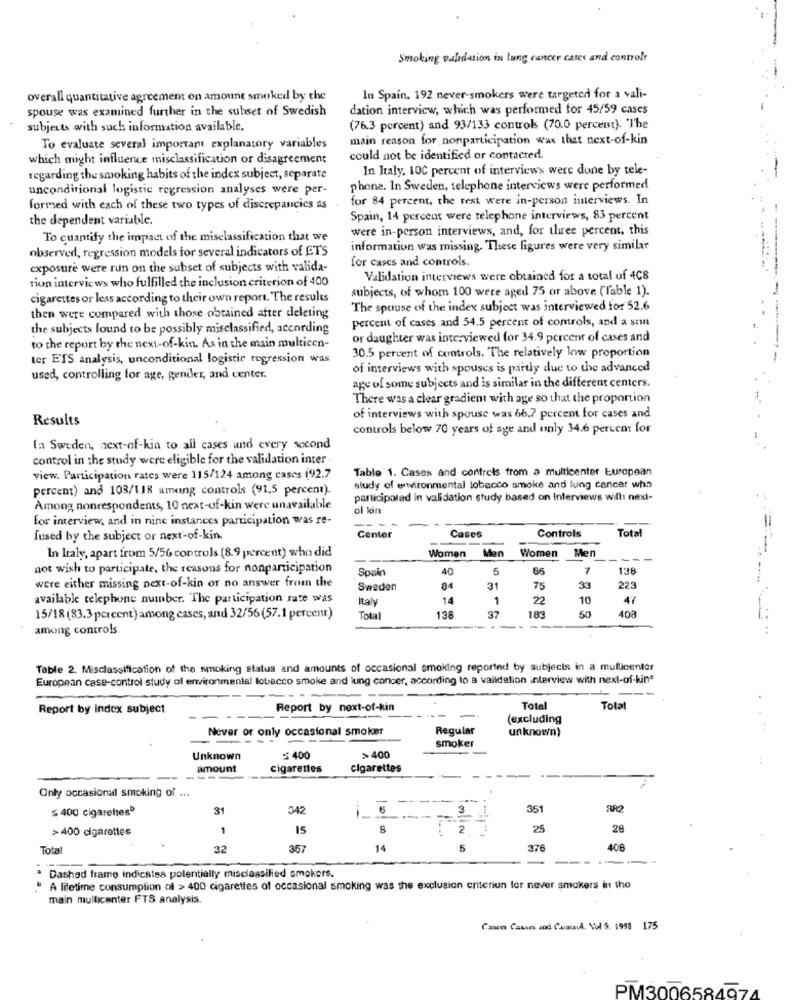
Smoking validation in lung cancer cases and controlr
overall quantitative agreement on amount smoked by the
In Spain, 192 never-smokers were targeted for a vali-
spouse was examined further in the subset of Swedish
dation interview, which was performed for 45/59 cases
subjects with such information available.
(76.3 percent) and 93/133 controls (70.0 percent). 'The
main reason for nonparticipation was that next-of-kin
To evaluate several important explanatory variables
which might influence misclassification or disagreement
could not be identified or contacted.
In Italy, 100 percent of interviews were done by tele-
regarding the smoking habits of the index subject, separate
unconditional logistic regression analyses were per-
phone. In Sweden, telephone interviews were performed
for 84 percent, the rest were in-person interviews. In
formed with each of these two types of discrepancies as
the dependent variable.
Spain, 14 percent were telephone interviews, 83 percent
were in-person interviews, and, for three percent, this
To cuantify the impact of the misclassification that we
observed, regression models for several indicators of ET'S
information was missing. These figures were very similar
for cases and controls.
exposure were run on the subset of subjects with valida-
tion interviews who fulfilled the inclusion criterion of 400
Validation interviews were obtained for a total of 4C8
subjects, of whom 100 were aged 75 or above ('fable 1).
cigarettes or less according to their own report. The results
then were compared with those obtained after deleting
The spouse of the index subject was interviewed for 52.6
percent of cases and 54.5 percent of controls, and a som
the subjects found to be possibly misclassified, according
------ -----
or daughter was interviewed for 34.9 percent of cases and
to the report by the next-of-kin. As in the main multicen-
ter ETS analysis, unconditional logistic regression was
30.5 percent of controls. The relatively low proportion
-
of interviews with spouses is partly due to the advanced
used, controlling for age, gender, and center.
age of some subjects and is similar in the different centers,
There was a clear gradient with age so that the proportion
Results
of interviews with spouse was 66.7 percent for cases and
controls below 70 years of age and only 34.6 percent for
(a Sweden, next-of-kin to all cases and every second
control in the study were eligible for the validation inter
Table 1. Cases and controls from a multicenter European
view. Participation rates were 115/124 among cases (92.7
percent) and 103/118 among controls (91.5 percent).
study of environmental tobacco smoke and lung cancer wha
participated in validation study based on Interviews will next-
Among nonrespondents, 10 next-of-kin were unavailable
ol kin
for interview, and in nine instances participation was re-
-- --
Total
fused by the subject or next-of-kin.
Center
Cases
Controls
Women
Men
Women
Men
In Italy, apart from 5/56 controls (8.9 percent) who did
-
-
-
-
not wish to participate, the reasons for nonparticipation
Spain
40
5
66
7
138
were either missing next-of-kin or no answer from the
Sweden
31
75
39
223
available telephone number. The participation rate was
Italy
14
1
22
10
47
37
50
15/18(83.3 percent) among cases, and 32/56(57.1 percent)
Total
138
183
408
among controls.
Table 2. Misclassification of the smoking status and amounts of occasional smoking reported by subjects in a multicenter
European case-control study of environmental lobacco smoke and lung concer, according to a validation interview with next-of-kina
Report by index subject
Report by noxt-of-kin
Total
Total
(excluding
Never or only occasional smoker
Regular
unknown)
smoker
Unknown
400
>400
amount
Cigarettes
Cigarettes
Only occasional smoking of ...
-----
≤ 400 cigarettes
31
342
6
3
351
-
>400 cigarettes
1
15
2 ..
25
26
Tota
32
357
14
5
376
408
Dashed frame indicates potentially misclassilied smokers.
A lifetime consumption of > 400 cigarettes of occasional smoking was the exclusion criteriun for never smokers in the
main multicenter FTS analysis.
Care Causes and Contadd. Vol 5. 1998 175
PM300658497